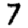
Digit: 7